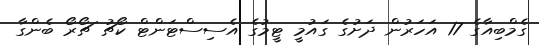
ގެމްބިއާގެ 17 އަހަރުން ދަށުގެ ގައުމީ ޓީމުގެ އެސިސްޓަންޓް ކޯޗު ޗޯރޯ ބެންގާ